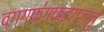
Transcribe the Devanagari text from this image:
व्ग्ग्फ्॑ग्फ्ह्ग्ज्जु